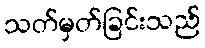
သတ်မှတ်ခြင်းသည်